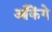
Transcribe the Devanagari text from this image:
आँकेंगे